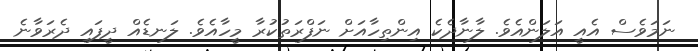
ނަމަވެސް އެއީ އަލަންއެވެ. ލާނާދެކެ އިންތިހާއަށް ނަފްރަތުކުރާ މީހާއެވެ. ލަނޑެއް ދީފައި ދެރަވާނެ